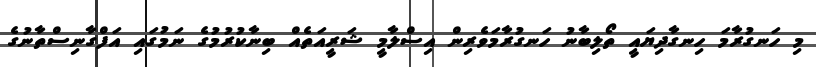
މި ހަނގުރާމަ ހިނގާދިޔައީ ތޯލިބާނު ހަނގުރާމަވެރިން އިސްލާމީ ޝަރީއަތެއް ބިނާކުރުމުގެ ނަމުގައި އަފްގާނިސްތާނުގެ